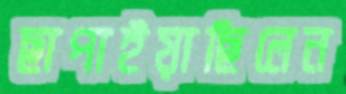
ছাপাইয়াছিলেন